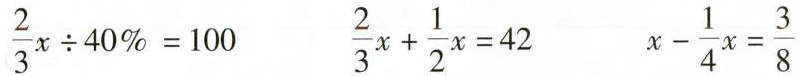
$$\frac{ 2 } { 3 } x \div 4 0 % = 1 0 0$$ $$\frac{ 2 } { 3 } x + \frac{ 1 } { 2 } x = 4 2$$ $$x - \frac{ 1 } { 4 } x = \frac{ 3 } { 8 }$$